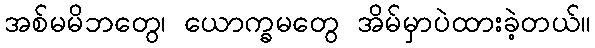
အစ်မမိဘတွေ၊ ယောက္ခမတွေ အိမ်မှာပဲထားခဲ့တယ်။